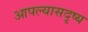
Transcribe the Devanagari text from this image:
आपल्यासदृष्य